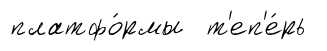
платфо́рмы т'еп'е́рь